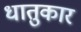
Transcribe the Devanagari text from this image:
धातुकार